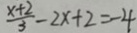
\frac { x + 2 } { 3 } - 2 x + 2 = - 4